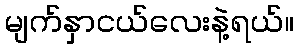
မျက်နှာငယ်လေးနဲ့ရယ်။